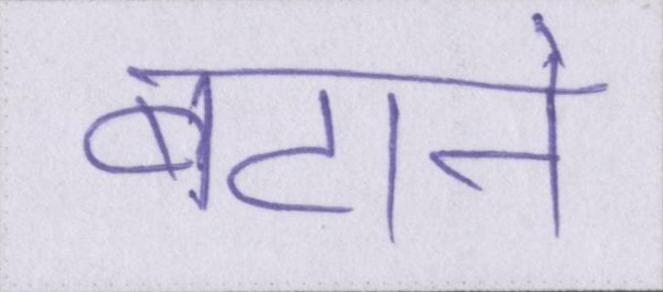
बटाने